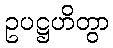
ဥပဋ္ဌဟိတွာ